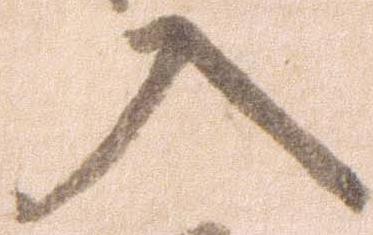
入